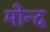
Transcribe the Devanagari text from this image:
मोन्‍द